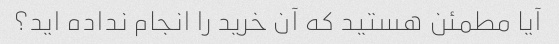
آیا مطمئن هستید که آن خرید را انجام نداده اید؟